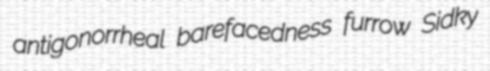
antigonorrheal barefacedness furrow Sidky